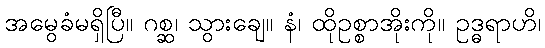
အမွေခံမရှိပြီ။ ဂစ္ဆ၊ သွားချေ။ နံ၊ ထိုဥစ္စာအိုးကို။ ဥဒ္ဓရာဟိ၊